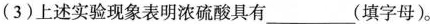
(3)上述实验现象表明浓硫酸具有___(填字母)。